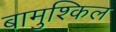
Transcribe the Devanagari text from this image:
बामुश्किल